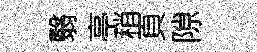
翳亭稍頁隙